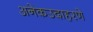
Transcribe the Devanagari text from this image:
अनेकउदाहरणे